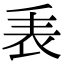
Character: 𧘰